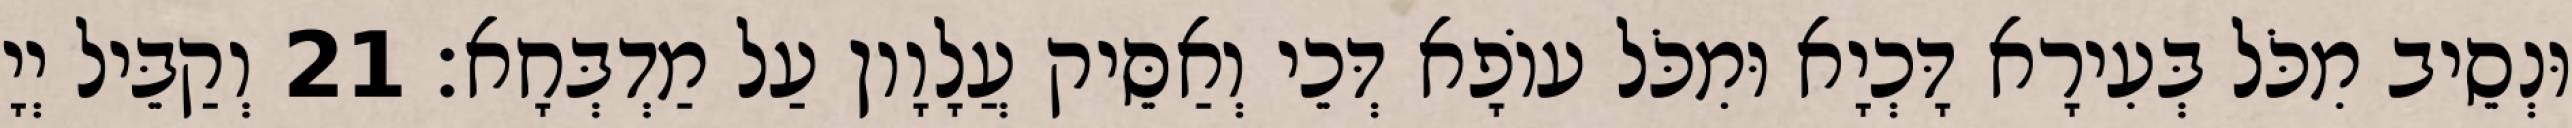
וּנְסֵיב מִכֹּל בְּעִירָא דָּכְיָא וּמִכֹּל עוֹפָא דְּכֵי וְאַסֵּיק עֲלָוָון עַל מַדְבְּחָא׃ 21 וְקַבֵּיל יְיָ